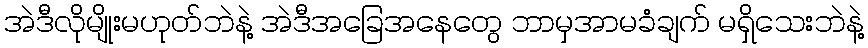
အဲဒီလိုမျိုးမဟုတ်ဘဲနဲ့ အဲဒီအခြေအနေတွေ ဘာမှအာမခံချက် မရှိသေးဘဲနဲ့